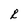
Character: R